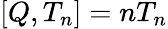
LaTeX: [Q,T_{n}]=nT_{n}